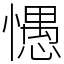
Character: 㦙